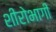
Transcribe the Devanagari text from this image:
शीरोभागी